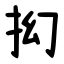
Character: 抝